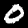
Digit: 0